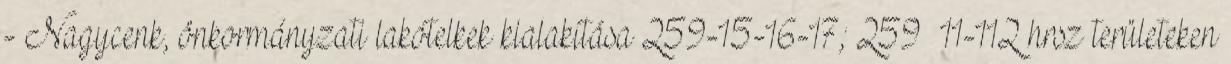
- Nagycenk, önkormányzati lakótelkek kialakítása 259-15-16-17; 259 11-112 hrsz területeken